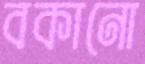
বকানো